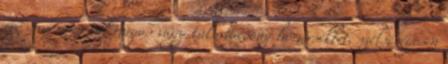
erős nyomás, túl magas vagy túl alacsony hőmérséklet, szélsőségesen